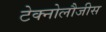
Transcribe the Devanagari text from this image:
टेक्नोलौजीस